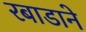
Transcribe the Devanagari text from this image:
रबाडाने